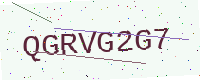
Text: QGRVG2G7